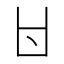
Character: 𠁿